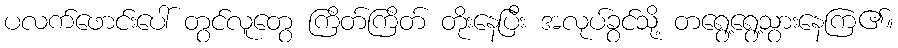
ပလက်ဖောင်းပေါ် တွင်လူတွေ ကြိတ်ကြိတ် တိုးနေပြီး အလုပ်ခွင်သို့ တရွေ့ရွေ့သွားနေကြ၏။